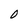
Character: 0